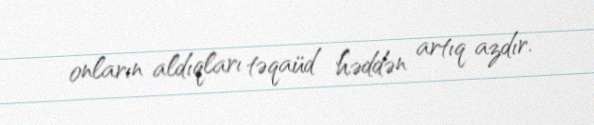
onların aldıqları təqaüd həddən artıq azdır.